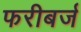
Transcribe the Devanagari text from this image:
फरीबर्ज